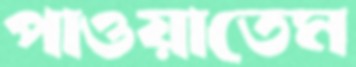
পাওয়াতেম